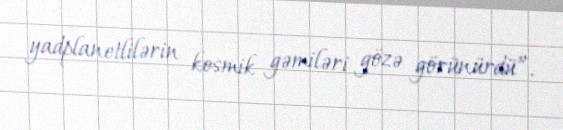
yadplanetlilərin kosmik gəmiləri gözə görünürdü”.